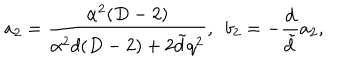
a _ { 2 } = \frac { \alpha ^ { 2 } ( D - 2 ) } { \alpha ^ { 2 } d ( D - 2 ) + 2 \tilde { d } q ^ { 2 } } , ~ ~ b _ { 2 } = - \frac { d } { \tilde { d } } a _ { 2 } ,